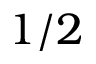
1 / 2